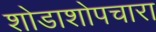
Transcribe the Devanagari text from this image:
शोडाशोपचारा